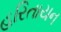
હરિતાયન